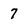
Character: 7